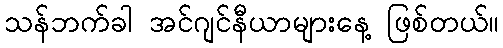
သန်ဘက်ခါ အင်ဂျင်နီယာများနေ့ ဖြစ်တယ်။